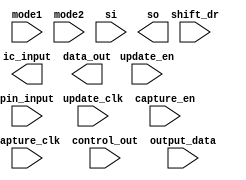
////////////////////////////////////////////////////////////////////////////////
//
//       This confidential and proprietary software may be used only
//     as authorized by a licensing agreement from Synopsys Inc.
//     In the event of publication, the following notice is applicable:
//
//                    (C) COPYRIGHT 1998 - 2018 SYNOPSYS INC.
//                           ALL RIGHTS RESERVED
//
//       The entire notice above must be reproduced on all authorized
//     copies.
//
//
// VERSION:   Simulation Architecture
//
// DesignWare_version: 9833a499
// DesignWare_release: O-2018.06-DWBB_201806.3
//
////////////////////////////////////////////////////////////////////////////////
//-----------------------------------------------------------------------------------
//
// ABSTRACT:  Boundary Scan Cell Type BC_7
//
//           
//
//              
//  Input Ports:        Size    Description
//  === =========         === ==    === =========
//  capture_clk         1 bit   Clocks data into the capture stage.
//  update_clk          1 bit   Clocks data into the update stage. 
//  capture_en          1 bit   Enable for data clocked into the capture. 
//  update_en           1 bit   Enable for data clocked into the update 
//                              stage. 
//  shift_dr            1 bit   Enables the boundary scan chain to shift 
//                              data one stage toward its serial output 
//                              (tdo). 
//  mode1               1 bit   Determines whether data_out is controlled 
//                              by the boundary scan cell or by the 
//                              output_data signal.
//  mode2               1 bit   Determines whether ic_input is controlled 
//                              by the boundary scan cell or by the 
//                              pin_input signal.
//  si                  1 bit   Serial path from the previous boundary 
//                              scan cell.
//  pin_input           1 bit   IC system input pin.
//  control_out         1 bit   Control signal for the output enable.
//  output_data         1 bit   IC output logic signal.
//
//  Output Ports        Size    Description
//  === ==========        === ==    === =========
//  ic_input            1 bit   Ic input logic signal.
//  data_out            1 bit   Output data
//  so                  1 bit   Serial path to the next boundary scan cell.
//              
//
//
// MODIFIED: 
//
//  Liming SU   02/25/2016  Simplified codes by using continuous assignments
//
//  Liming SU   02/04/2016  Eiminated use of non-blocking assignments in
//                          always blocks that doesn't use posedge or
//                          negedge conditioning
//
//-------------------------------------------------------------------------
module DW_bc_7 (
capture_clk,
  update_clk,
  capture_en,
  update_en,
  shift_dr,
  mode1,
  mode2,
  si,
  pin_input,
  control_out,
  output_data,
  ic_input,
  data_out,
  so
);
 
  input  capture_clk;
  input  update_clk;
  input  capture_en;
  input  update_en;
  input  shift_dr;
  input  mode1;
  input  mode2;
  input  si;
  input  pin_input;
  input  control_out;
  input  output_data;
  output ic_input;
  output data_out;
  output so;

  wire m1_sel;
  wire next_so;
  reg  so;
  wire next_update_out;
  reg  update_out;
  wire ic_input;

// synopsys translate_off

  assign  m1_sel  = ((~mode1 ) & control_out );

  assign next_so = (capture_en===1'b1) ? so :
                     ((shift_dr===1'b1) ? si :
                       ((m1_sel===1'b1) ? output_data : ic_input));

  always @(posedge capture_clk) begin : so_proc_PROC
    so <= next_so;
  end

  assign next_update_out = (update_en===1'b1) ? so : update_out;

  always @(posedge update_clk) begin : upd_proc_PROC
    update_out <= next_update_out;
  end

  assign data_out = (mode1===1'b1) ? update_out : output_data;

  assign ic_input = (mode2===1'b1) ? update_out : pin_input;

// synopsys translate_on

endmodule